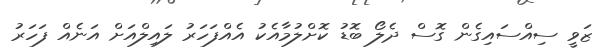
ޒަވީ ސިއްސައިގެން ގޮސް ދެލޯ ބޮޑު ކޮށްލުމާއެކު އެއްފަހަރު ލައިލްއަށް އަނެއް ފަހަރު